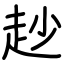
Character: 赻